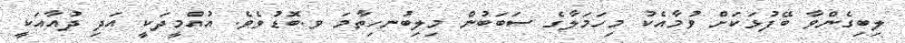
ލިބިގެންވާ ބޭފުޅަކަށް ވުމާއެކު މިހަމަލާގެ ސަބަބުން މިލިބުނހިތާމަ ވ.ބޮޑުވެވެ. އުއްމީދަކީ އަދި ދުއާއަކީ